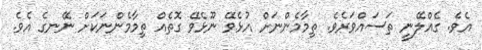
އެވެ. ގެއްލޭނީ ތަސައްވަރެވެ. ތިމާމެންނަށް އުޅެވޭ ނޫޅެވޭ ގޮތެއް ތިމާމެންނަކަށް ނޭނގެ އެވެ.